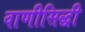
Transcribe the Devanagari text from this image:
वाणीसिद्धी